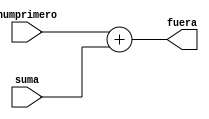
module Adder(
    input [31:0] suma,
    input [31:0] numprimero,
    output reg [31:0] fuera
);

assign fuera = numprimero + suma;

endmodule